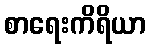
စာရေးကိရိယာ